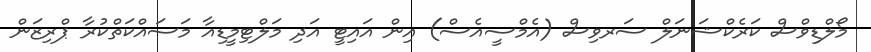
މޯލްޑިވްސް ކަރެކްޝަނަލް ސަރވިސް (އެމްސީއެސް) އިން އައިޓީ އަދި މަލްޓިމީޑިއާ މަސައްކަތްކުރާ ޕްރިޒަން